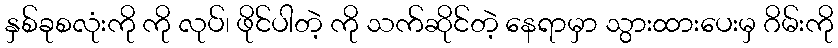
နှစ်ခုစလုံးကို ကို လုပ်၊ ဖိုင်ပါတဲ့ ကို သက်ဆိုင်တဲ့ နေရာမှာ သွားထားပေးမှ ဂိမ်းကို